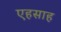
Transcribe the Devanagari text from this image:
एहसाह